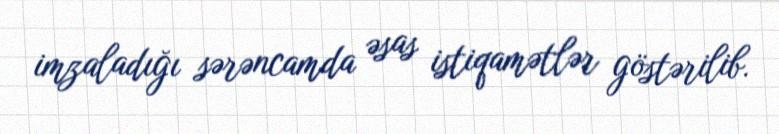
imzaladığı sərəncamda əsas istiqamətlər göstərilib.